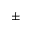
\pm